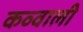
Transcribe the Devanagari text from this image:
कव्‍वाली